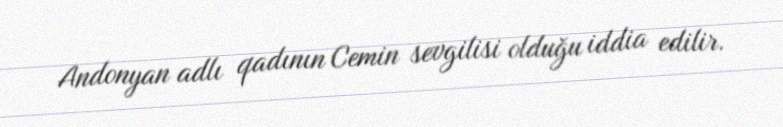
Andonyan adlı qadının Cemin sevgilisi olduğu iddia edilir.